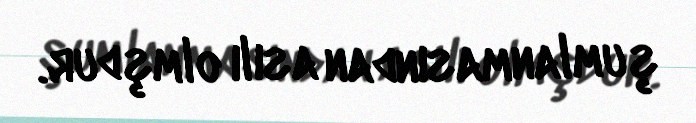
şumlanmasından asılı olmşdur.